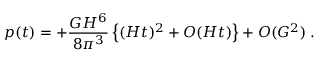
p ( t ) = + { \frac { G H ^ { 6 } } { 8 \pi ^ { 3 } } } \left\{ ( H t ) ^ { 2 } + O ( H t ) \right\} + O ( G ^ { 2 } ) \; .